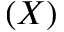
( X )